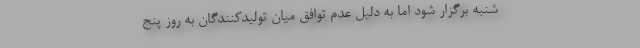
شنبه برگزار شود اما به دلیل عدم توافق میان تولیدکنندگان به روز پنج